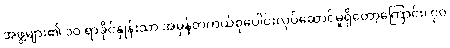
အဖွဲ့များ၏ ၁၀ ရာခိုင်နှုန်းသာ အမှန်တကယ်စုပေါင်းလုပ်ဆောင်မှုရှိတော့ကြောင်း၊ ၇၀